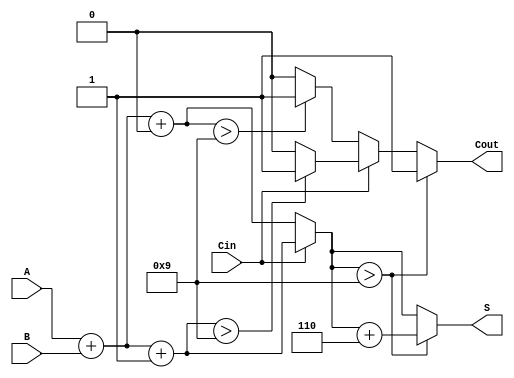
module BCD_Modified_Carry_Select_Adder (
    input  wire [3:0] A,      // BCD digit A
    input  wire [3:0] B,      // BCD digit B
    input  wire Cin,          // Carry-in
    output reg  [3:0] S,      // BCD sum
    output reg  Cout          // Carry-out
);

    // Intermediate signals
    wire [4:0] S0;            // Sum for Cin = 0 (5 bits to accommodate carry)
    wire [4:0] S1;            // Sum for Cin = 1 (5 bits to accommodate carry)
    wire Cout0;               // Carry-out for S0
    wire Cout1;               // Carry-out for S1

    // Initial sum calculations
    assign S0 = A + B + 4'b0000; // S0 = A + B + 0
    assign S1 = A + B + 4'b0001; // S1 = A + B + 1

    // Carry-out calculations
    assign Cout0 = (S0[3:0] > 4'b1001) ? 1'b1 : 1'b0; // Check if S0 exceeds BCD limit
    assign Cout1 = (S1[3:0] > 4'b1001) ? 1'b1 : 1'b0; // Check if S1 exceeds BCD limit

    // Carry select logic
    always @(*) begin
        if (Cin == 1'b0) begin
            S = S0[3:0]; // Select S0
            Cout = Cout0; // Select Cout0
        end else begin
            S = S1[3:0]; // Select S1
            Cout = Cout1; // Select Cout1
        end

        // BCD correction logic
        if (S > 4'b1001) begin
            S = S + 4'b0110; // Add 6 to correct BCD
            Cout = 1'b1; // Set carry-out if correction is applied
        end
    end

endmodule